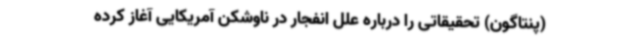
(پنتاگون) تحقیقاتی را درباره علل انفجار در ناوشکن آمریکایی آغاز کرده